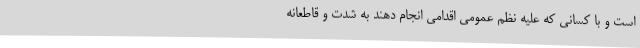
است و با کسانی که علیه نظم عمومی اقدامی انجام دهند به شدت و قاطعانه